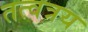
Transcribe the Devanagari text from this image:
तत्वत्रय